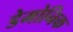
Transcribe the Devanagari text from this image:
डेमोनिक